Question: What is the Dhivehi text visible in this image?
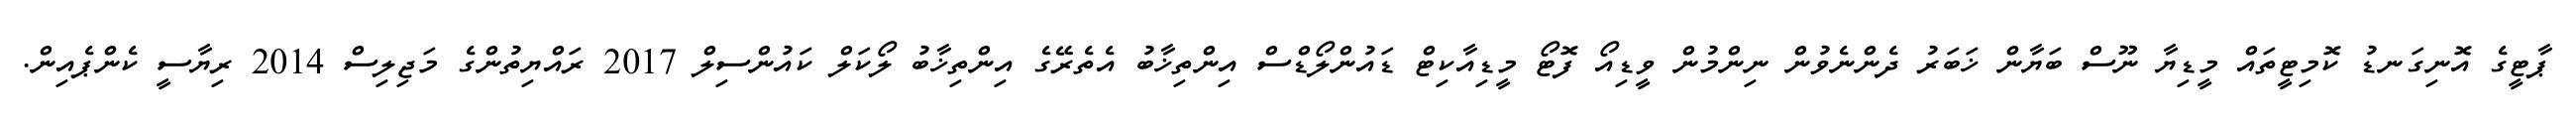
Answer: ޕާޓީގެ އޮނިގަނޑު ކޮމިޓީތައް މީޑިޔާ ނޫސް ބަޔާން ޚަބަރު ދެންނެވުން ނިންމުން ވީޑިއޯ ފޮޓޯ މީޑިއާކިޓް ޑައުންލޯޑްސް އިންތިޚާބު އެތެރޭގެ އިންތިޚާބު ލޯކަލް ކައުންސިލް 2017 ރައްޔިތުންގެ މަޖިލިސް 2014 ރިޔާސީ ކެންޕެއިން.